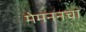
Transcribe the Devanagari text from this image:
मेमननचा